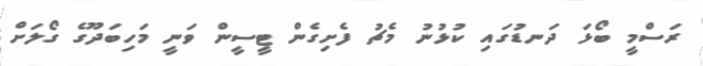
ރަސްމީ ބޯޅަ ދަނޑުގައި ކުޅުނު މެޗު ފެށިގެން ޓީސީން ވަނީ މަހިބަދޫގެ ގޯލަށް